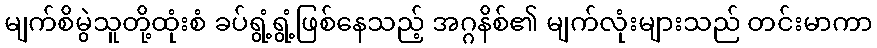
မျက်စိမွဲသူတို့ထုံးစံ ခပ်ရွံ့ရွံ့ဖြစ်နေသည့် အဂ္ဂနိစ်၏ မျက်လုံးများသည် တင်းမာကာ